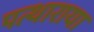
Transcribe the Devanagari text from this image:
पत्थाराया